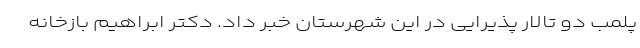
پلمب دو تالار پذیرایی در این شهرستان خبر داد. دکتر ابراهیم بازخانه